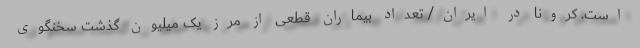
است. کرونا در ایران/ تعداد بیماران قطعی از مرز یک میلیون گذشت سخنگوی